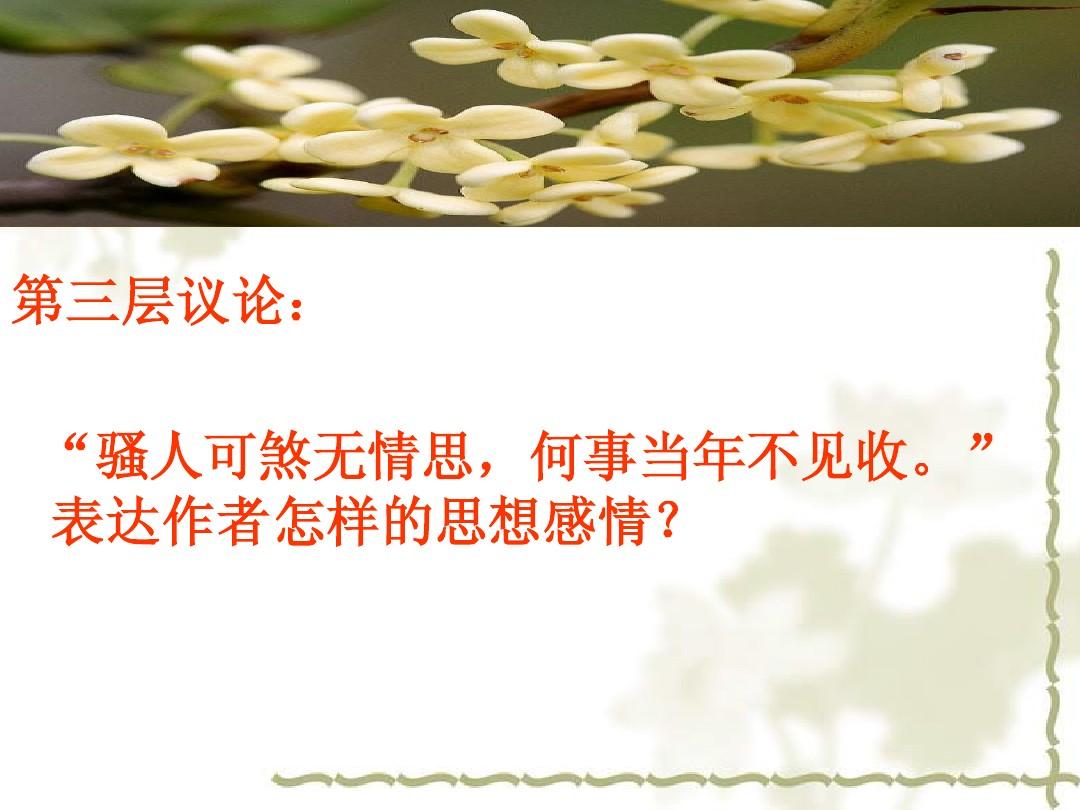
骚人可煞无情思，何事当年不见收。